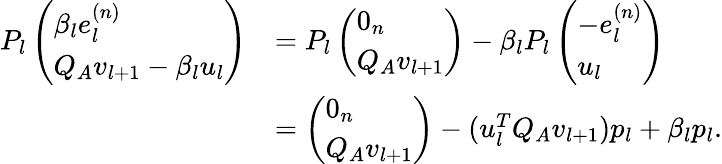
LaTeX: \begin{array}{rl}{P_{l}\left(\begin{array}{l}{\beta_{l}e_{l}^{(n)}}\\ {Q_{A}v_{l+1}-\beta_{l}u_{l}}\end{array}\right)}&{=P_{l}\left(\begin{array}{l}{0_{n}}\\ {Q_{A}v_{l+1}}\end{array}\right)-\beta_{l}P_{l}\left(\begin{array}{l}{-e_{l}^{(n)}}\\ {u_{l}}\end{array}\right)}\\ &{=\left(\begin{array}{l}{0_{n}}\\ {Q_{A}v_{l+1}}\end{array}\right)-(u_{l}^{T}Q_{A}v_{l+1})p_{l}+\beta_{l}p_{l}.}\end{array}